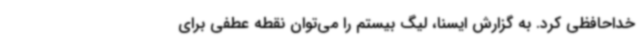
خداحافظی کرد. به گزارش ایسنا، لیگ بیستم را می‌توان نقطه عطفی برای